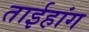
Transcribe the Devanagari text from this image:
ताईहांग